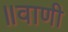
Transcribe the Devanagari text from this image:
॥वाणी